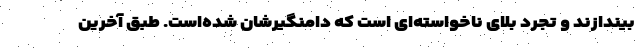
بیندازند و تجرد بلای ناخواسته‌ای است که دامنگیرشان شده‌است. طبق آخرین